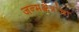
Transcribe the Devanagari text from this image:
जन्मक्षेत्रांचा